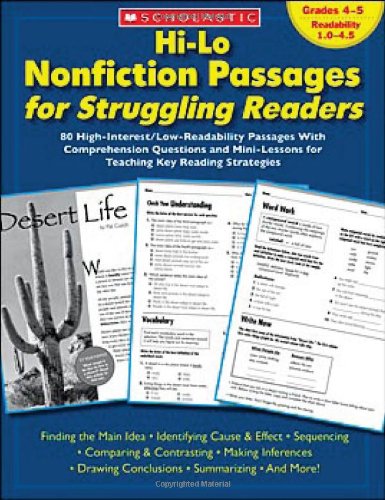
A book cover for Hi-Lo Nonfiction Passages for Struggling Readers: Grades 4EE5: 80 High-Interest/Low-Readability Passages With Comprehension Questions and Mini-Lessons for Teaching Key Reading Strategies; Scholastic Teaching Resources; Reference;